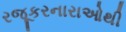
રજૂકરનારાઓથી